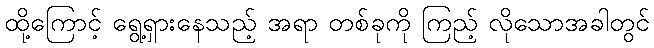
ထို့ကြောင့် ရွေ့ရှားနေသည့် အရာ တစ်ခုကို ကြည့် လိုသောအခါတွင်